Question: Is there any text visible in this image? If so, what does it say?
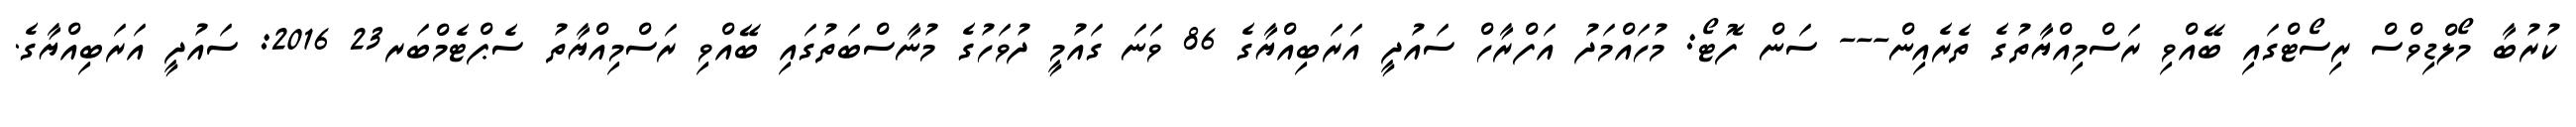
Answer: ކުރުބާ މޯލްޑިވްސް ރިސޯޓްގައި ބޭއްވި ރަސްމިއްޔާތުގެ ތެރެއިން--- ސަން ފޮޓޯ: މުހައްމަދު އަފްރާހް ސައުދީ އަރަބިއްޔާގެ 86 ވަނަ ގައުމީ ދުވަހުގެ މުނާސްބަތުގައި ބޭއްވި ރަސްމިއްޔާތު ސެޕްޓެމްބަރ23 2016: ސައުދީ އަރަބިއްޔާގެ.